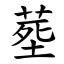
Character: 塟